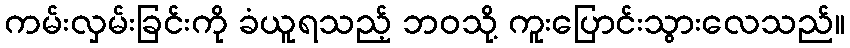
ကမ်းလှမ်းခြင်းကို ခံယူရသည့် ဘဝသို့ ကူးပြောင်းသွားလေသည်။